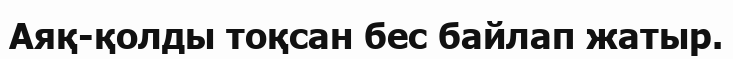
Аяқ-қолды тоқсан бес байлап жатыр.